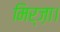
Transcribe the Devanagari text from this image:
मिर्ज़ा।